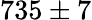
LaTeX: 735\pm 7